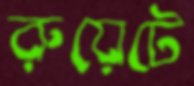
রুয়েটে